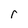
Character: r